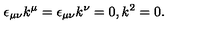
\epsilon _ { \mu \nu } k ^ { \mu } = \epsilon _ { \mu \nu } k ^ { \nu } = 0 , k ^ { 2 } = 0 .